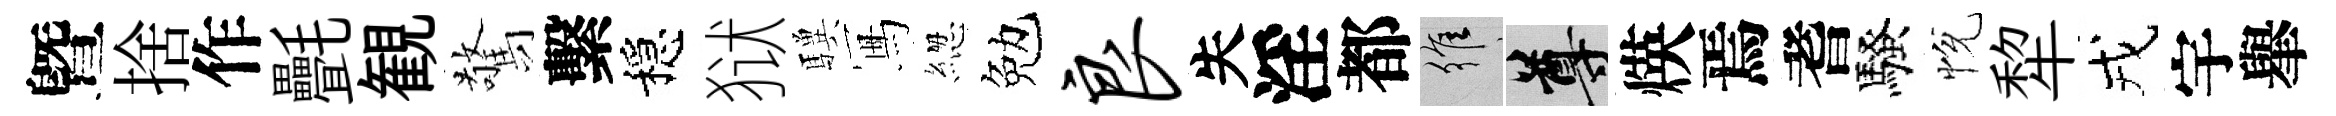
曁捨作㲲観驚繫穩狱驥冩緫勉良失淫都維尊煐焉耆騷恱犂戎宇𦦙